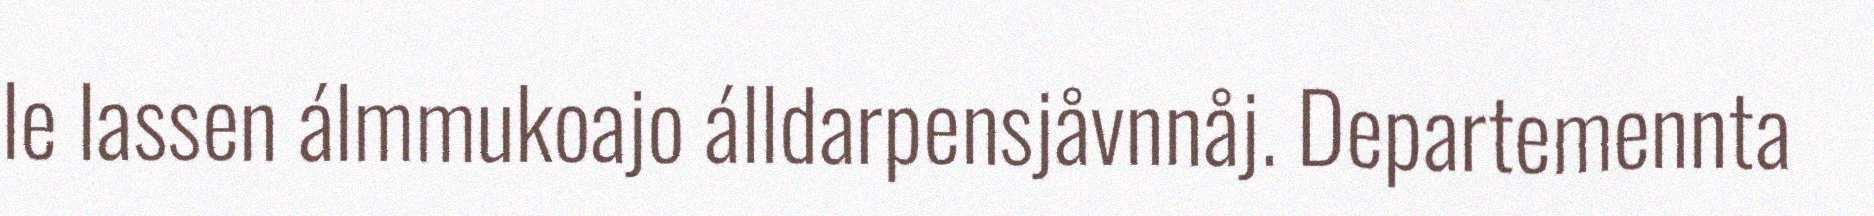
le lassen álmmukoajo álldarpensjåvnnåj. Departemennta